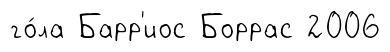
го́ла Барр'иос Боррас 2006